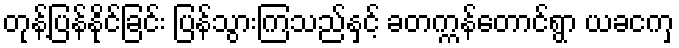
တုန့်ပြန်နိုင်ခြင်း ပြန်သွားကြသည်နှင့် ခတက္ကန်တောင်ရွာ ယခငကှ